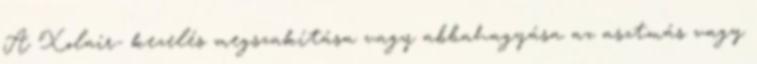
A Xolair- kezelés megszakítása vagy abbahagyása az asztmás vagy